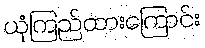
ယုံကြည်ထားကြောင်း